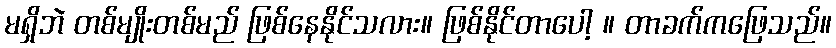
မရှိဘဲ တစ်မျိုးတစ်မည် ဖြစ်နေနိုင်သလား။ ဖြစ်နိုင်တာပေါ့ ။ တာခက်ကဖြေသည်။